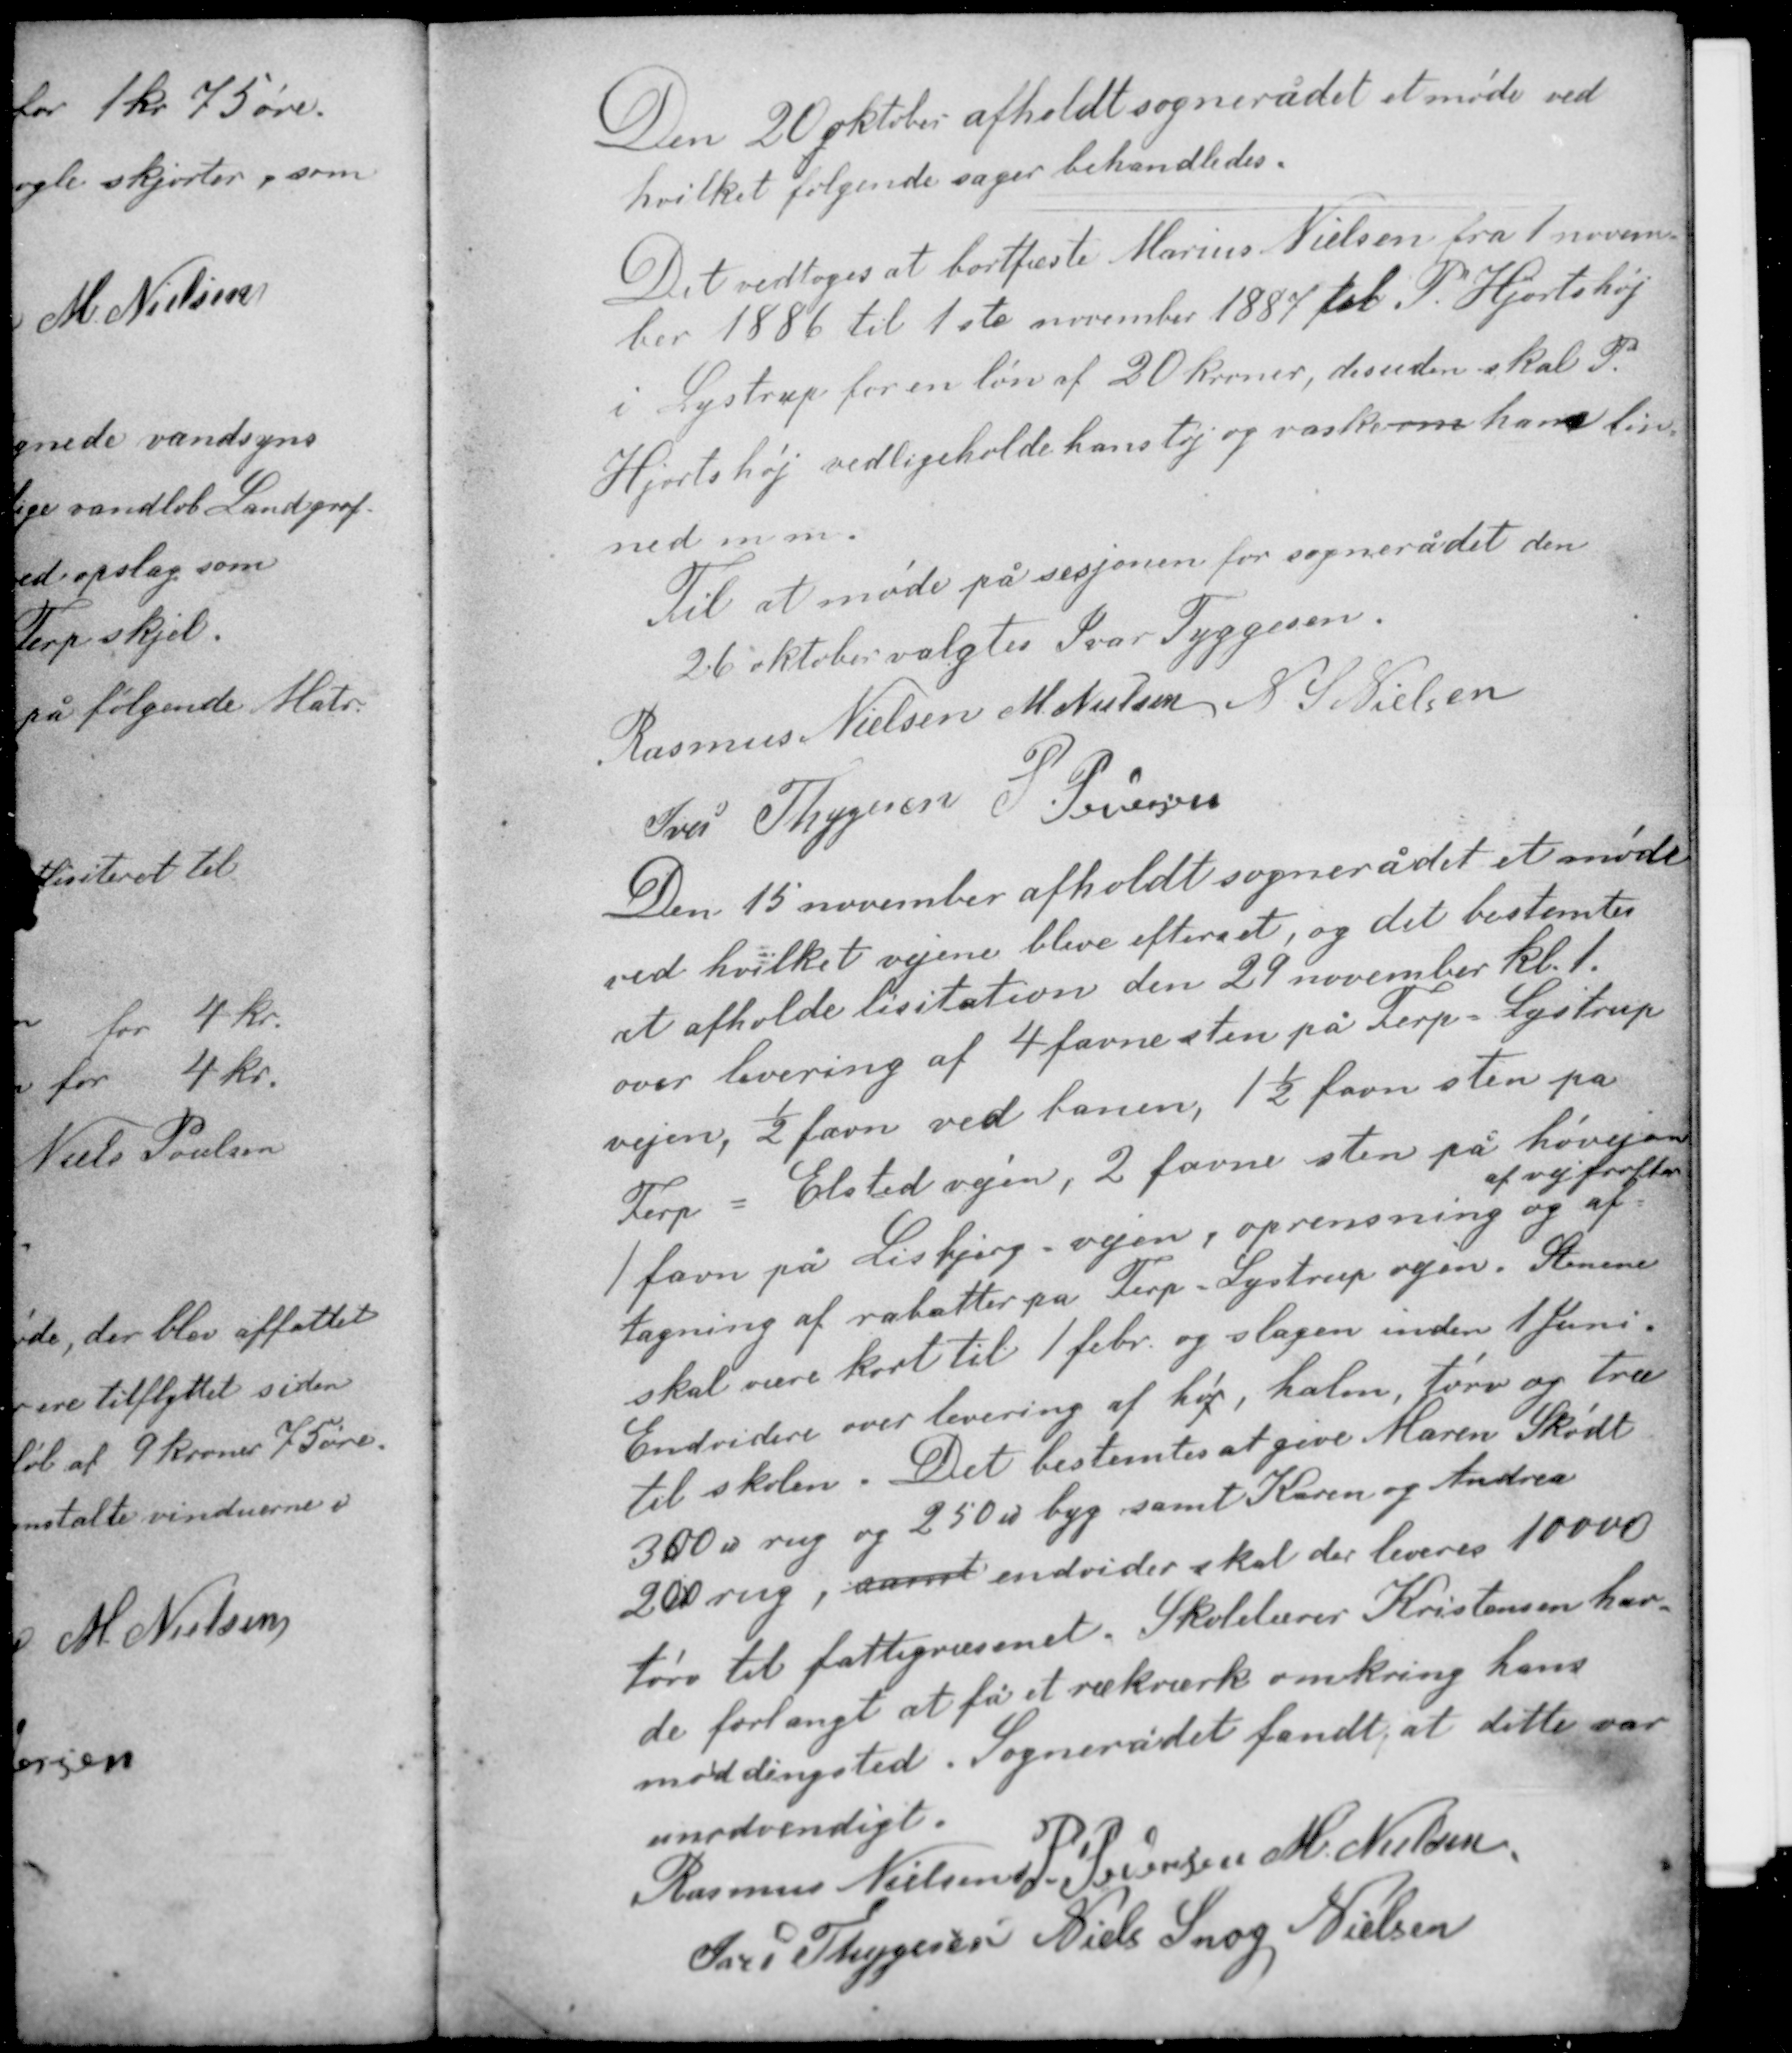
Transskription:
Den 20 oktober afholdt sognerådet et møde ved
hvilket følgende sager behandledes.

Det vedtoges at bortfæste Marius Nielsen fra 1 novem-
ber 1886 til 1ste november 1887 til P. Hjortshøj
i Lystrup for en løn af 20 kroner, desuden skal P.
Hjortshøj vedligeholde hans tøj og vaske om hans liv
ned m.m.
Til at møde på sesjonen for sognerådet den
26 oktober valgtes Ivar Tyggesen.

Rasmus Nielsen M. Nielsen N. S. Nielsen
Iver Thygesen P. Pedersens

Den 15 november afholdt sognerådet et møde
ved hvilket vejene blive efterset, og det bestemtes
at afholde lisitation den 29 november kl. 1
over levering af 4 favne sten på Terp - Lystrup
vejen, ½ favn ved banen, 1½ favn sten på
Terp - Elsted vejen, 2 favne sten på høvejen
af vejgrøfter
1 favn på Lisbjerg-vejen, oprensning og af-
tagning af rabatter på Terp-Lystrup vejen. Stenene
skal være kørt til 1 febr. og slagen inden 1 Juni.

Endvidere over levering af hø, halm, tørv og træ
til skolen. Det bestemtes at give Maren Skødt
300 ℔ rug og 250 ℔ byg samt Karen og Andrea
200 rug, samt endvider skal der leveres 10000
tørv til fattigvæsenet. Skolelærer Kristensen hav-
de forlangt at få et rækværk omkring hans
møddingssted. Sognerådet fandt at dette var
unødvendigt.

Rasmus Nielsen P. Pedersen M. Nielsen
Iver Thygesen Niels Snog Nielsen